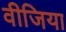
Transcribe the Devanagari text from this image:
वीजिया